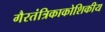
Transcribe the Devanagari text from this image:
गैरतंत्रिकाकोशिकीय